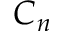
C _ { n }